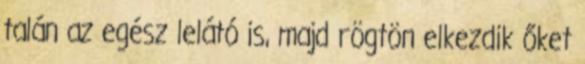
talán az egész lelátó is, majd rögtön elkezdik őket